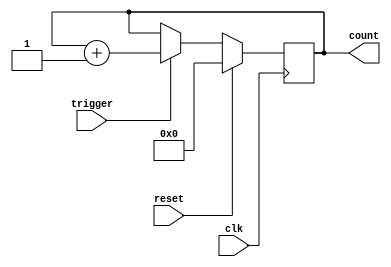
module Counter (
    input wire clk,
    input wire trigger,
    input wire reset,
    output reg [7:0] count
);

always @(posedge clk) begin
    if (reset) begin
        count <= 8'b0;
    end else if (trigger) begin
        count <= count + 1;
    end
end

endmodule